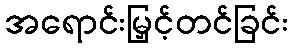
အရောင်းမြှင့်တင်ခြင်း